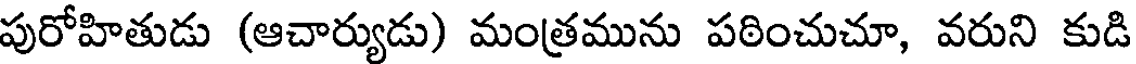
పురోహితుడు (ఆచార్యుడు) మంత్రమును పఠించుచూ, వరుని కుడి